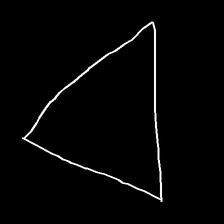
Glyph: convergence